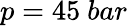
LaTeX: p=45\ bar